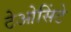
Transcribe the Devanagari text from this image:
टेओसिंटे